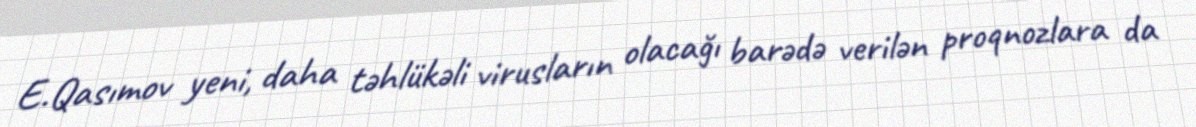
E.Qasımov yeni, daha təhlükəli virusların olacağı barədə verilən proqnozlara da